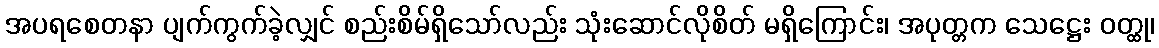
အပရစေတနာ ပျက်ကွက်ခဲ့လျှင် စည်းစိမ်ရှိသော်လည်း သုံးဆောင်လိုစိတ် မရှိကြောင်း၊ အပုတ္တက သေဋ္ဌေး ဝတ္ထု၊